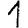
Digit: 1